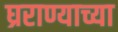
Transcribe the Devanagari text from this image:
घ्रराण्याच्या